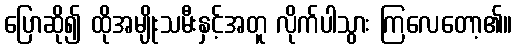
ပြောဆို၍ ထိုအမျိုးသမီးနှင့်အတူ လိုက်ပါသွား ကြလေတော့၏။